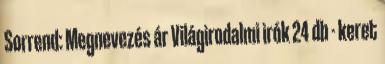
Sorrend: Megnevezés ár Világirodalmi irók 24 db - keret